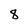
Character: 8